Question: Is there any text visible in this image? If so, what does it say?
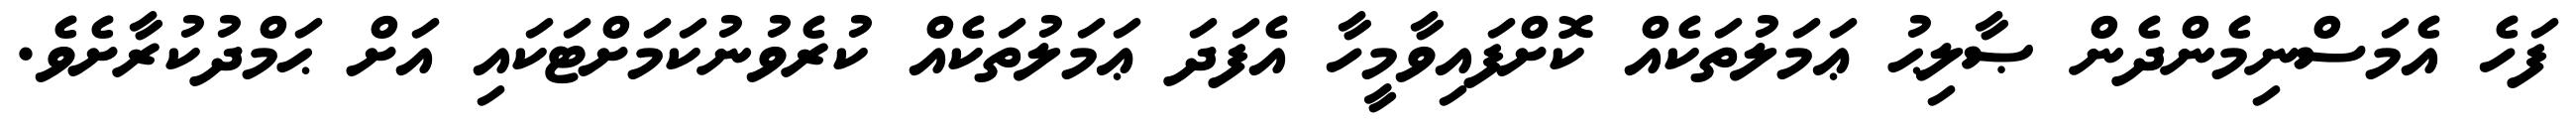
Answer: ފަހެ އެމަސްނިމެންދެން ޞާލިޙު ޢަމަލުތަކެއް ކޮށްފައިވާމީހާ އެފަދަ ޢަމަލުތަކެއް ކުރެވުނުކަމަށްޓަކައި އަށް ޙަމްދުކުރާށެވެ.